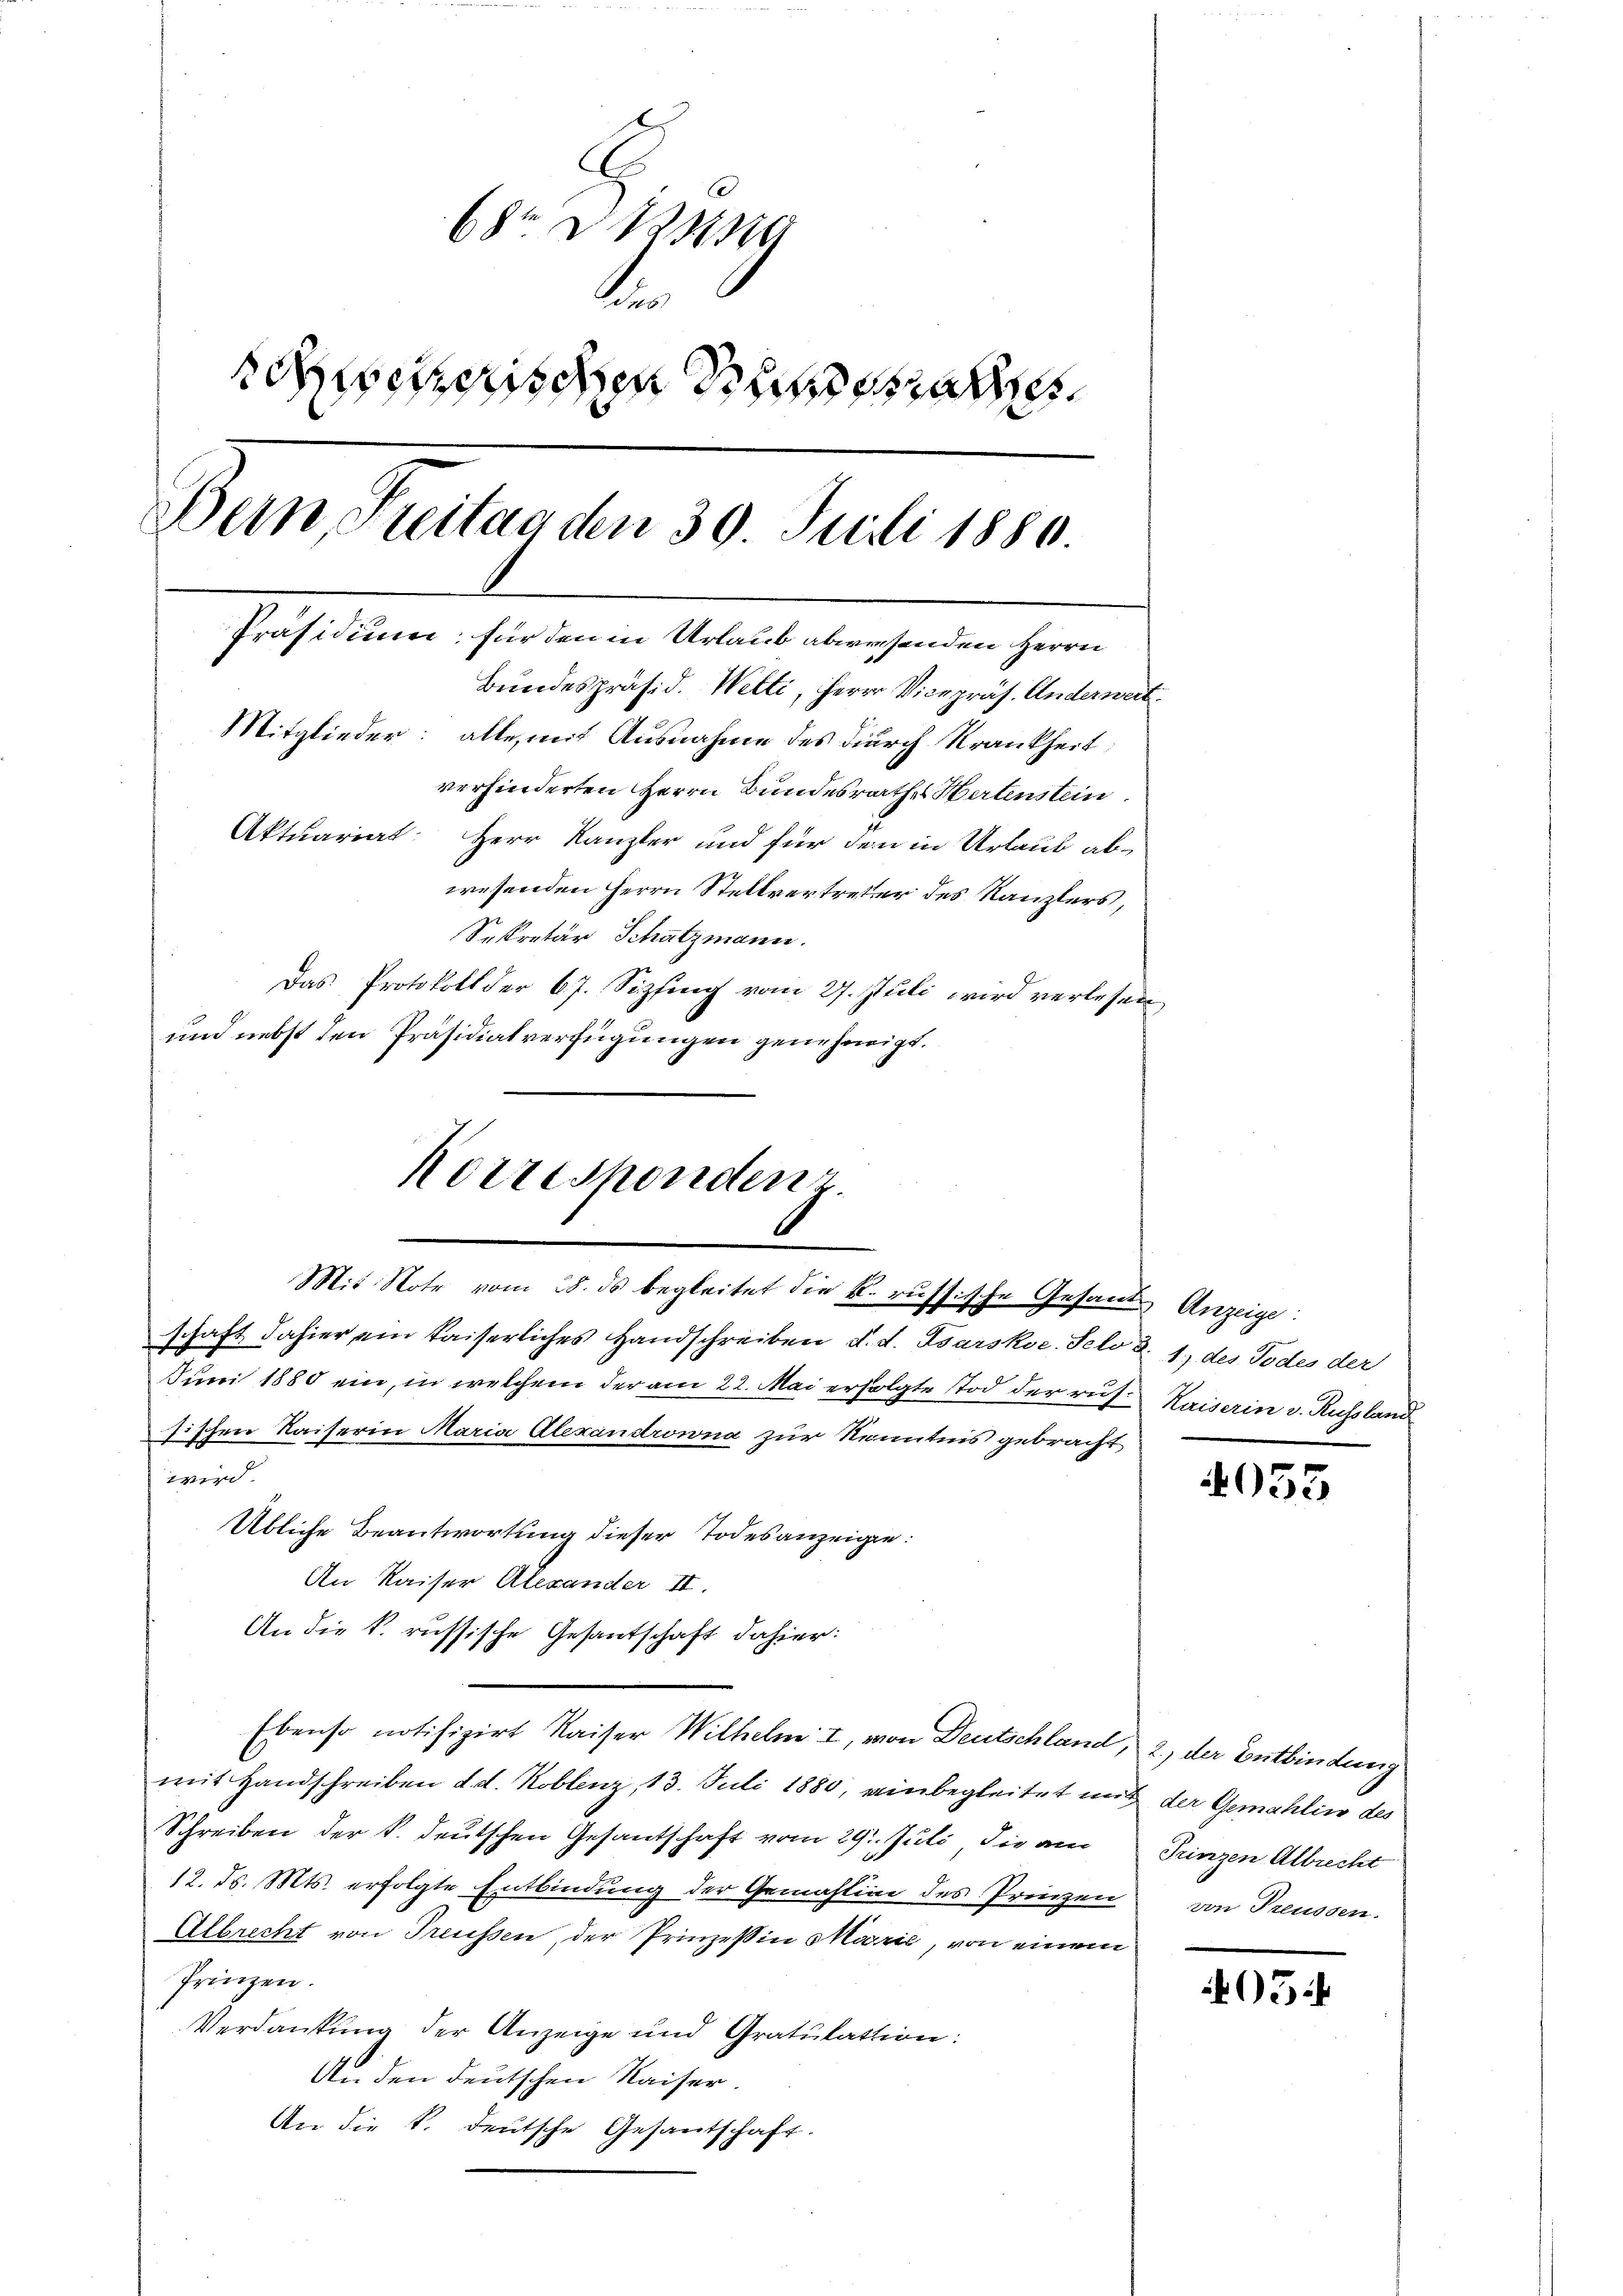
8t d. 1239
1
1
Schemischen Substa
Bern, Freitag den 30. Juli 1880.
Präsidium, für den in Urlaub abwesenden Herrn
Bundespräsid. Welti, Herrn Vicepräs. Anderwart
Mitglieder: alle, mit Ausnahme des durch Krankheit
verhinderten Herrn Bundesrathes Hertenstein
Aktuariat: Herr Kanzler und für den in Urlaub abwesenden Herrn Stellvertreter des Kanzlers,
Sekretär Schatzmann.
Das Protokoll der 67. Sizfing vom 27. Juli wird verlesen
und nebst den Präsidialverfügungen genehmigt.

Korrespondenz.
Mit Note vom 28. ds begleitet die k. russische Gesamt Anzeige:
schaft dahier ein kaiserliches Handschreiben d. d. Psarskoc. Feld d. 1, des Todes der

Juni 1880 ein, in welchem der am 22. Mai erfolgte Tod der rus-Kaiserin v. Russland
sischen Kaiserin Maria Alexandrowna zur Kenntnis gebracht
wird
Übliche Beantwortung dieser Todesanzeige:
An Kaiser Alexander II.
An die k. russische Gesantschaft dahier:
Ebenso notifizirt Kaiser Wilhelm I, von Deutschland, 2, der Entbindung
mit Handschreiben d. d. Koblenz, 13. Juli 1880, einbegleitet mit der Gemahlin des
Schreiben der k. deutschen Gesantschaft vom 29. Juli die am Prinzen Albrecht
12. d. Mts. erfolgte Entbindung der Gemähtini des Prinzen
Albrecht von Treussen, der Prinzessin Marić, von einem
Prinzen.
Verdankung der Anzeige und Gratulation:
An den deutschen Kaiser.
An die k. deutsche Gesantschaft.

4055

von Preussen.

05: